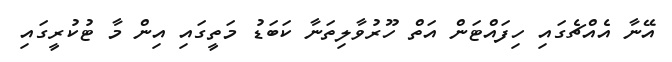
އޭނާ އެއްޗެގައި ހިފައްޓަން އަތް ހޫރުވާލިތަނާ ކަބަޑު މަތީގައި އިން މާ ޓުކުރީގައި